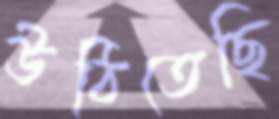
উঠিতেছি